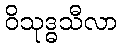
ဝိသုဒ္ဓသီလာ